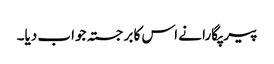
پیر پگارا نے اس کا برجستہ جواب دیا۔